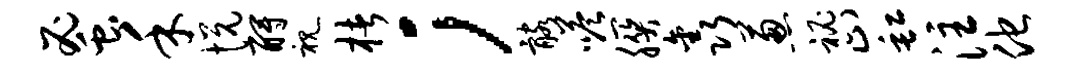
蜜禾悦酹视楮；髂嗒朕鑫葱秘止缸注他